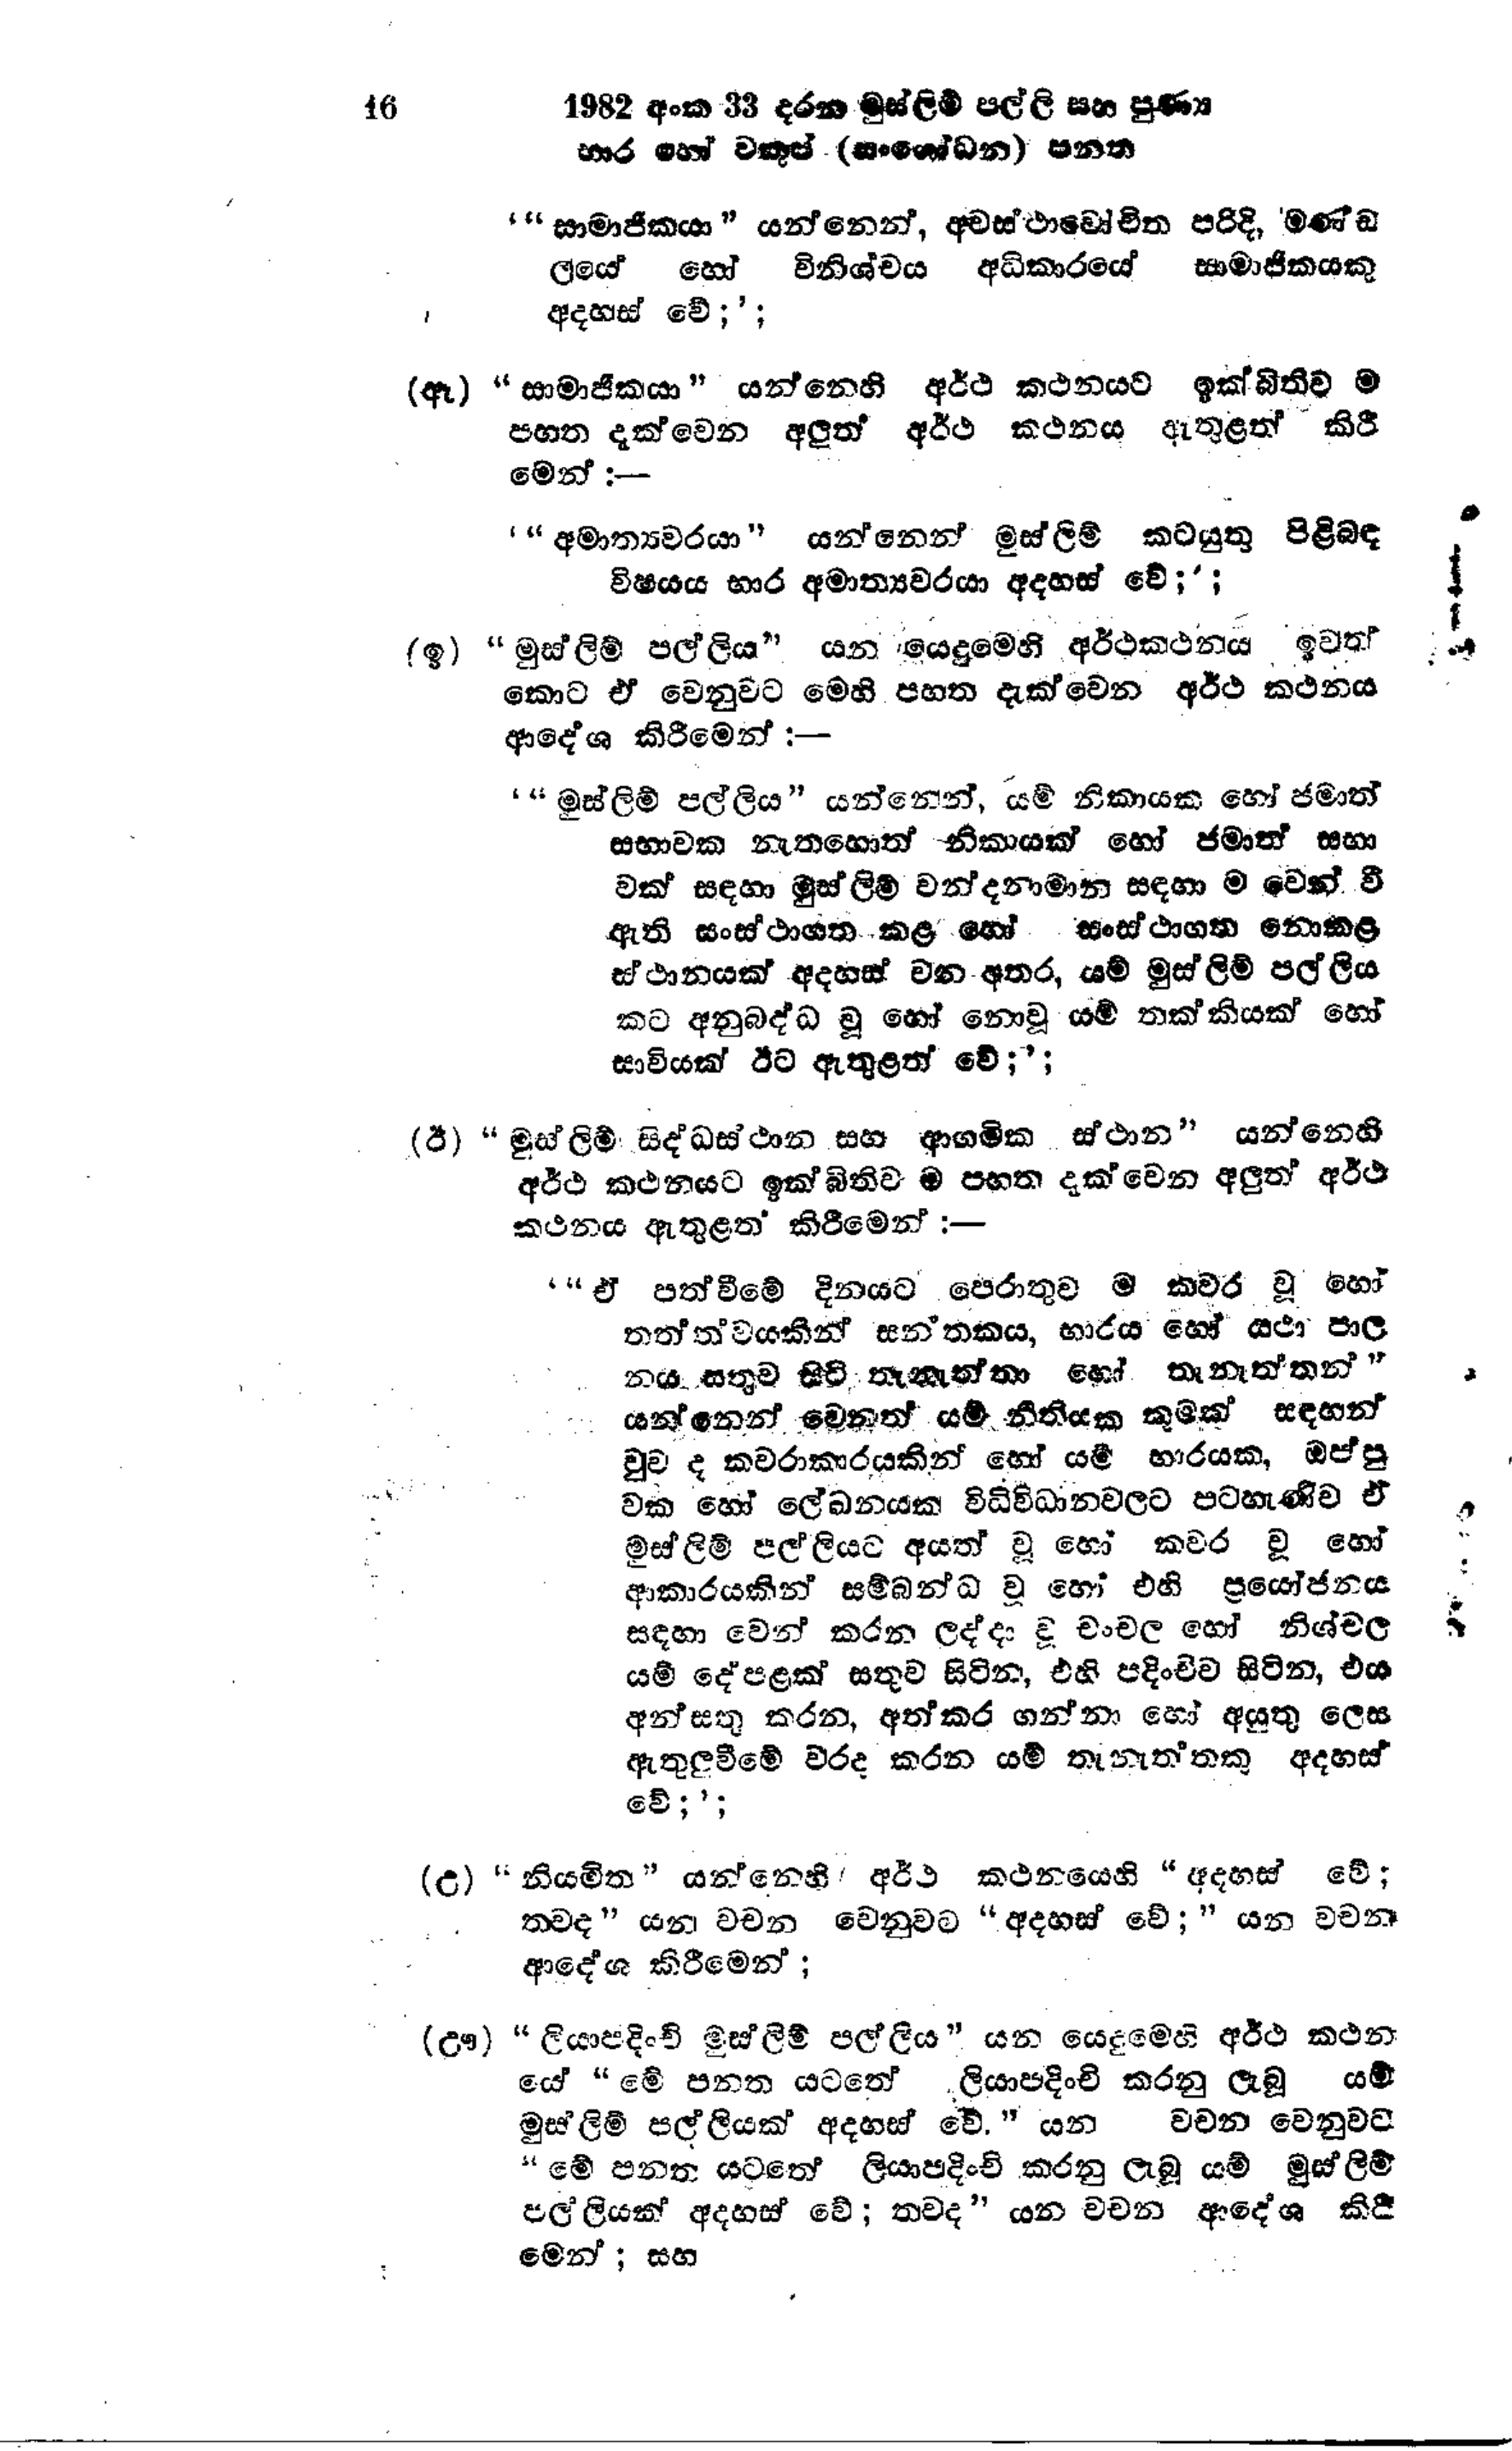
16 1982 අංක 33 දරන මුස්ලිම් පල්ලි සහ පුණ්‍ය
භාර හෝ වකුප් (සංශෝධන) පනත

' "සාමාජිකයා" යන්නෙන්, අවස්ථාවෝචිත පරිදි, මණ්ඩ
ලයේ හෝ විනිශ්චය අධිකාරයේ සාමාජිකයකු
අදහස් වේ;';

(ඈ) "සාමාජිකයා " යන්නෙහි අර්ථ කථනයට ඉක්බිතිව ම
පහත දැක්වෙන අලුත් අර්ථ කථනය ඇතුළත් කිරී
මෙන්:-

'"අමාත්‍යවරයා" යන්නෙන් මුස්ලිම් කටයුතු පිළිබඳ
විෂයය භාර අමාත්‍යවරයා අදහස් වේ;';

(ඉ) "මුස්ලිම් පල්ලිය " යන යෙදුමෙහි අර්ථකථනය ඉවත්
කොට ඒ වෙනුවට මෙහි පහත දැක්වෙන අර්ථ කථනය
ආදේශ කිරීමෙන් :-

"මුස්ලිම් පල්ලිය ” යන්නෙන්, යම් නිකායක හෝ ජමාත්
සභාවක නැතහොත් නිකායක් හෝ ජමාත් සභා
වක් සඳහා මුස්ලිම් වන්දනාමාන සඳහා  ම වෙන් වී
ඇති සංස්ථාගත කළ හෝ සංස්ථාගත නොකළ
ස්ථානයක් අදහස් වන අතර, යම් මුස්ලිම් පල්ලිය
කට අනුබද්ධ වූ හෝ නොවූ යම් තක්කියක් හෝ
සාවියක් ඊට ඇතුළත් වේ;';

(ඊ) “මුස්ලිම් සිද්ධස්ථාන සහ ආගමික ස්ථාන " යන්නෙහි
අර්ථ කථනයට ඉක්බිතිව ම පහත දැක්වෙන අලුත් අර්ථ
කථනය ඇතුළත් කිරීමෙන් :—

' "ඒ පත්වීමේ දිනයට පෙරාතුව ම කවර වූ හෝ
තත්ත්වයකින් සන්තකය, භාරය හෝ යථා පාල
නය සතුව සිටි තැනැත්තා හෝ තැනැත්තන් "
යන්නෙන් වෙනත් යම් නීතියක කුමක් සඳහන්
වුව ද කවරාකාරයකින් හෝ යම් භාරයක, ඔප්පු
වක හෝ ලේඛනයක් විධිවිධානවලට පටහැණිව ඒ
මුස්ලිම් පල්ලියට අයත් වූ හෝ කවර වූ හෝ
ආකාරයකින් සම්බන්ධ වූ හෝ එහි ප්‍රයෝජනය
සඳහා වෙන් කරන ලද්දා වූ චංචල හෝ නිශ්චල
යම් දේපළක් සතුව සිටින, එහි පදිංචිව සිටින, එය
අන් සතු කරන, අත්කර ගන්නා හෝ අයුතු ලෙස
ඇතුලුවීමේ වරද කරන යම් තැනැත්තකු අදහස්
වේ;';

(උ) "නියමිත" යන්නෙහි අර්ථ කථනයෙහි "අදහස් වේ;
තවද " යන වචන වෙනුවට "අදහස් වේ;" යන වචන
ආදේශ කිරීමෙන්;

(ඌ) "ලියාපදිංචි මුස්ලිම් පල්ලිය " යන යෙදුමෙහි අර්ථ කථන
යේ "මේ පනත යටතේ ලියාපදිංචි කරනු ලැබූ යම්
මුස්ලිම් පල්ලියක් අදහස් වේ." යන වචන වෙනුවට
"මේ පනත යටතේ ලියාපදිංචි කරනු ලැබූ යම් මුස්ලිම්
පල්ලියක් අදහස් වේ; තවද " යන වචන ආදේශ කිරී
මෙන්; සහ